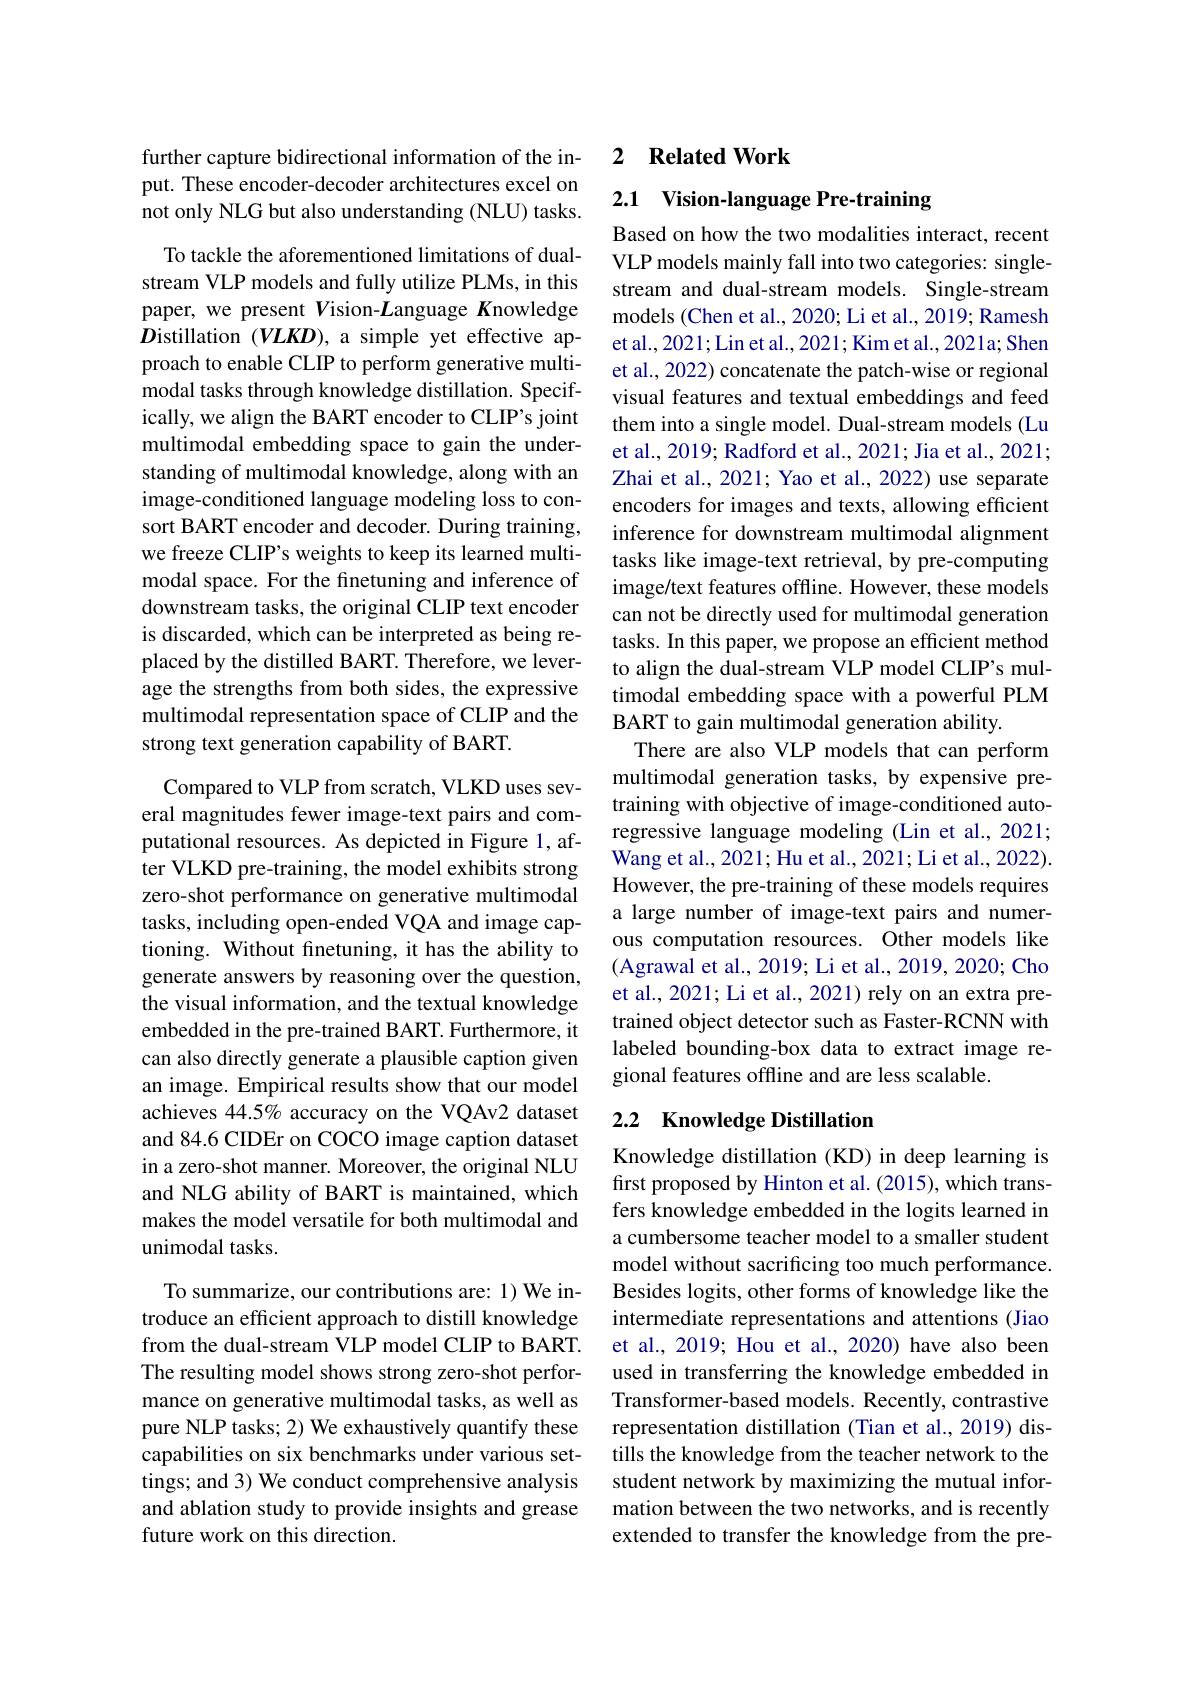
further capture bidirectional information of the input. These encoder-decoder architectures excel on not only NLG but also understanding (NLU) tasks.

To tackle the aforementioned limitations of dualstream VLP models and fully utilize PLMs, in this paper, we present $V$ision-Language Knowledge $D$istillation (VLKD), a simple yet effective approach to enable CLIP to perform generative multimodal tasks through knowledge distillation. Specifically, we align the BART encoder to CLIP's joint multimodal embedding space to gain the understanding of multimodal knowledge, along with an image-conditioned language modeling loss to consort BART encoder and decoder. During training, we freeze CLIP's weights to keep its learned multimodal space. For the finetuning and inference of downstream tasks, the original CLIP text encoder is discarded, which can be interpreted as being replaced by the distilled BART. Therefore, we leverage the strengths from both sides, the expressive multimodal representation space of CLIP and the strong text generation capability of BART.

Compared to VLP from scratch, VLKD uses several magnitudes fewer image-text pairs and computational resources. As depicted in Figure 1, after VLKD pre-training, the model exhibits strong zero-shot performance on generative multimodal tasks, including open-ended VQA and image captioning. Without finetuning, it has the ability to generate answers by reasoning over the question, the visual information, and the textual knowledge embedded in the pre-trained BART. Furthermore, it can also directly generate a plausible caption given an image. Empirical results show that our model achieves 44.5% accuracy on the VQAv2 dataset and 84.6 CIDEr on COCO image caption dataset in a zero-shot manner. Moreover, the original NLU and NLG ability of BART is maintained, which makes the model versatile for both multimodal and unimodal tasks.

To summarize, our contributions are: 1) We introduce an efficient approach to distill knowledge from the dual-stream VLP model CLIP to BART. The resulting model shows strong zero-shot performance on generative multimodal tasks, as well as pure NLP tasks; 2) We exhaustively quantify these capabilities on six benchmarks under various settings; and 3) We conduct comprehensive analysis and ablation study to provide insights and grease future work on this direction.

## 2 $\textbf{Related Work}$

2.1 Vision-language Pre-training

Based on how the two modalities interact, recent VLP models mainly fall into two categories: singlestream and dual-stream models. Single-stream models (Chen et al., 2020; Li et al., 2019; Ramesh et al., 2021; Lin et al., 2021; Kim et al., 2021a; Shen et al., 2022) concatenate the patch-wise or regional visual features and textual embeddings and feed them into a single model. Dual-stream models (Lu et al., 2019; Radford et al., 2021; Jia et al., 2021; Zhai et al., 2021; Yao et al., 2022) use separate encoders for images and texts, allowing efficient inference for downstream multimodal alignment tasks like image-text retrieval, by pre-computing image/text features offline. However, these models can not be directly used for multimodal generation tasks. In this paper, we propose an efficient method to align the dual-stream VLP model CLIP's multimodal embedding space with a powerful PLM BART to gain multimodal generation ability.
There are also VLP models that can perform multimodal generation tasks, by expensive pretraining with objective of image-conditioned autoregressive language modeling (Lin et al.,2021; Wang et al., 2021; Hu et al., 2021; Li et al., 2022). However, the pre-training of these models requires a large number of image-text pairs and numerous computation resources. Other models like (Agrawal et al., 2019; Li et al., 2019, 2020; Cho et al., 2021; Li et al., 2021) rely on an extra pretrained object detector such as Faster-RCNN with labeled bounding-box data to extract image regional features offline and are less scalable.

## 2.2 Knowledge Distillation

Knowledge distillation (KD) in deep learning is first proposed by Hinton et al. (2015), which transfers knowledge embedded in the logits learned in a cumbersome teacher model to a smaller student model without sacrificing too much performance. Besides logits, other forms of knowledge like the intermediate representations and attentions (Jiao et al., 2019; Hou et al., 2020) have also been used in transferring the knowledge embedded in Transformer-based models. Recently, contrastive representation distillation (Tian et al., 2019) distills the knowledge from the teacher network to the student network by maximizing the mutual information between the two networks, and is recently extended to transfer the knowledge from the pre-